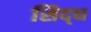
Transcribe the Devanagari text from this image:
सिद्‌ध